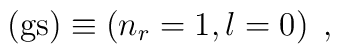
( {\rm gs} ) \equiv \left( n_{r}=1, l=0  \right)\;  ,